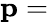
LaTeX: \mathbf{p}=